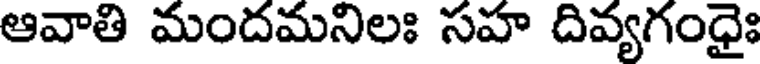
ఆవాతి మందమనిలః సహ దివ్యగంధైః